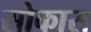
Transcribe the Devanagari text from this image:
सोकास